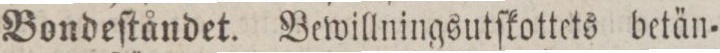
Bondeſtåndet. Bewillningsutſkottets betän=